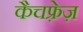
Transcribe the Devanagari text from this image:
कैचफ़्रेज़